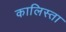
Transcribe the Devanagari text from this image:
कालिस्ता